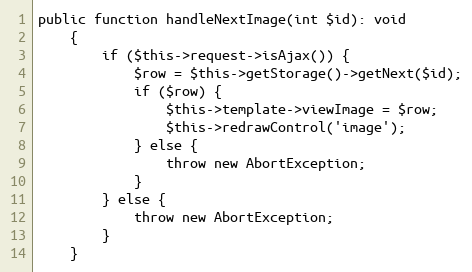
Language: PHP
public function handleNextImage(int $id): void
	{
		if ($this->request->isAjax()) {
			$row = $this->getStorage()->getNext($id);
			if ($row) {
				$this->template->viewImage = $row;
				$this->redrawControl('image');
			} else {
				throw new AbortException;
			}
		} else {
			throw new AbortException;
		}
	}